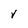
Character: V